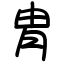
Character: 胄